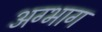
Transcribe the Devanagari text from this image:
अग्भाग